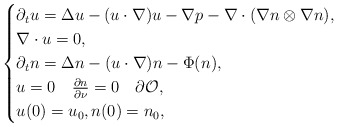
\begin{align*}\begin{cases}\partial_t u = \Delta u - (u\cdot \nabla)u -\nabla p - \nabla \cdot (\nabla n \otimes \nabla n) , \\\nabla \cdot u = 0 , \\\partial_t n = \Delta n - (u\cdot\nabla)n - \Phi(n) , \\ u = 0 \quad \frac{\partial n}{\partial \nu} = 0 \quad \partial\mathcal{O}, \\ u(0) = u_0, n(0) = n_0 ,\end{cases}\end{align*}